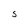
Character: S